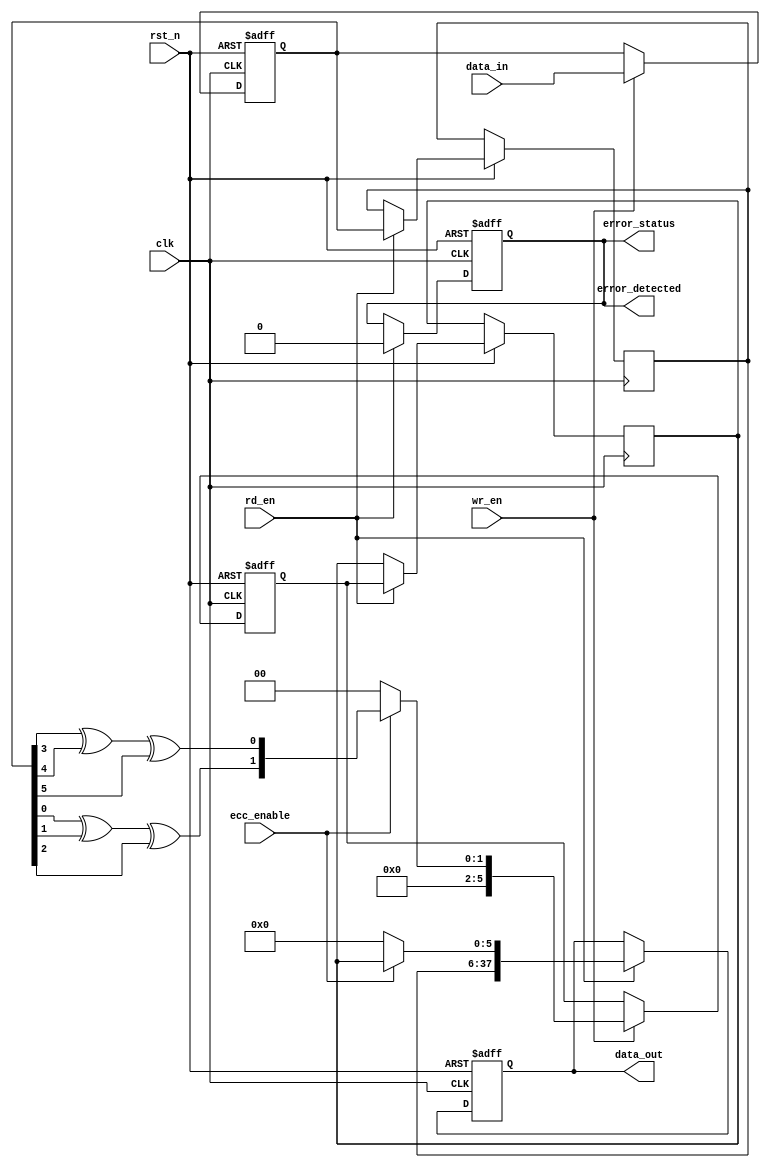
module ecc_dram_io #(
    parameter DATA_WIDTH = 32,          // Data width in bits
    parameter ECC_WIDTH = 6              // ECC width in bits (for example, Hamming code for 32 bits)
) (
    input wire clk,                      // Clock signal
    input wire rst_n,                    // Active low reset
    input wire [DATA_WIDTH-1:0] data_in, // Data input from external bus
    input wire wr_en,                    // Write enable signal
    input wire rd_en,                    // Read enable signal
    input wire ecc_enable,               // ECC enable signal
    output reg [DATA_WIDTH + ECC_WIDTH - 1:0] data_out, // Data output with ECC
    output reg error_detected,           // Error detected signal
    output wire error_status              // Error status output
);

    // Internal signals
    reg [DATA_WIDTH-1:0] data_buffer;    // Buffer for input data
    reg [ECC_WIDTH-1:0] ecc_buffer;       // Buffer for ECC bits
    reg [DATA_WIDTH-1:0] read_data;       // Data read from memory
    reg [ECC_WIDTH-1:0] read_ecc;         // ECC bits read from memory

    // Simple ECC encoding function (Hamming code for example)
    function [ECC_WIDTH-1:0] encode_ecc;
        input [DATA_WIDTH-1:0] data;
        // Implement Hamming code or other ECC algorithm here
        // Placeholder for actual ECC encoding logic
        encode_ecc = {data[0] ^ data[1] ^ data[2], data[3] ^ data[4] ^ data[5]};
    endfunction

    // Simple ECC decoding function
    function [DATA_WIDTH-1:0] decode_ecc;
        input [DATA_WIDTH-1:0] data;
        input [ECC_WIDTH-1:0] ecc;
        // Implement ECC decoding and error correction logic here
        // Placeholder for actual ECC decoding logic
        decode_ecc = data; // No actual correction implemented
    endfunction

    // Input Buffer and ECC Encoding
    always @(posedge clk or negedge rst_n) begin
        if (!rst_n) begin
            data_buffer <= 0;
            ecc_buffer <= 0;
        end else if (wr_en) begin
            data_buffer <= data_in;
            if (ecc_enable) begin
                ecc_buffer <= encode_ecc(data_buffer);
            end else begin
                ecc_buffer <= 0; // No ECC
            end
        end
    end

    // Output Buffer and ECC Decoding
    always @(posedge clk or negedge rst_n) begin
        if (!rst_n) begin
            data_out <= 0;
            error_detected <= 0;
        end else if (rd_en) begin
            // Simulated read operation
            read_data <= data_buffer; // This should be replaced with actual memory read
            read_ecc <= ecc_buffer;    // This should be replaced with actual ECC read
            if (ecc_enable) begin
                data_out <= {read_data, read_ecc};
                // Error detection logic
                // Placeholder for actual error detection
                error_detected <= (read_data != decode_ecc(read_data, read_ecc));
            end else begin
                data_out <= {read_data, {ECC_WIDTH{1'b0}}}; // No ECC
                error_detected <= 0;
            end
        end
    end

    // Error Status Reporting
    assign error_status = error_detected;

endmodule